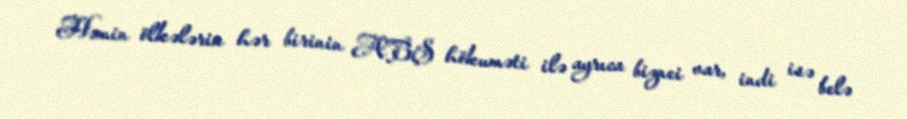
Həmin ölkələrin hər birinin ABŞ hökuməti ilə ayrıca biznei var, indi isə belə